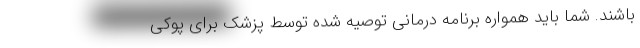
باشند. شما باید همواره برنامه درمانی توصیه شده توسط پزشک برای پوکی